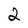
Character: 2